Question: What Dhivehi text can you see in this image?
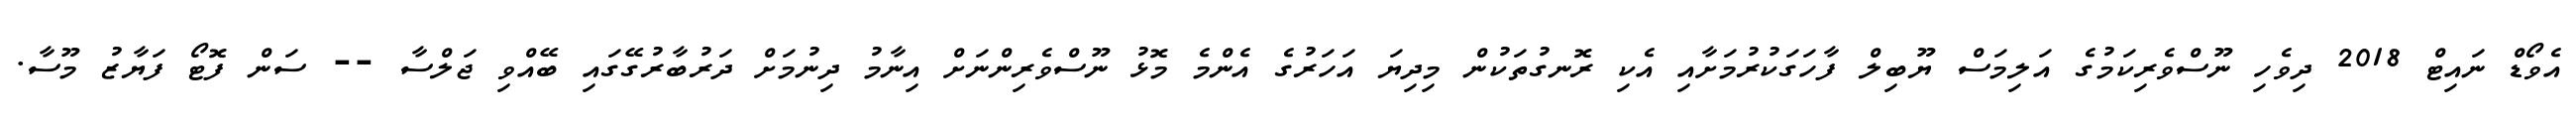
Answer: އެވޯޑް ނައިޓް 2018 ދިވެހި ނޫސްވެރިކަމުގެ އަލިމަސް ޔޫބިލް ފާހަގަކުރުމަށާއި އެކި ރޮނގުތަކުން މިދިޔަ އަހަރުގެ އެންމެ މޮޅު ނޫސްވެރިންނަށް އިނާމު ދިނުމަށް ދަރުބާރުގޭގައި ބޭއްވި ޖަލްސާ -- ސަން ފޮޓޯ ފަޔާޒު މޫސާ.